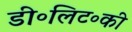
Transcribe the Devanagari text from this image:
डी॰लिट॰की